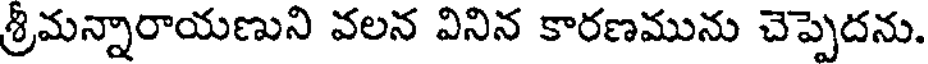
శ్రీమన్నారాయణుని వలన వినిన కారణమును చెప్పెదను.